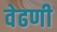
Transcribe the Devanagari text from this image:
वेढणी